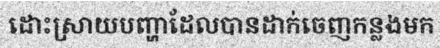
ដោះស្រាយបញ្ហាដែលបានដាក់ចេញកន្លងមក